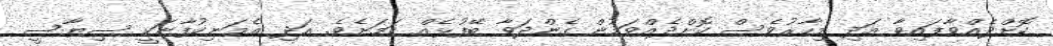
ކޮށްދެއްވާފައިވާ އަދި މިހާރުވެސް ކޮށްދެއްވަމުން ގެންދަވާ ބޭފުޅެއް ކަމަށެވެ. އަދި އެމަނިކުފާނަކީ ސިޔާސީ